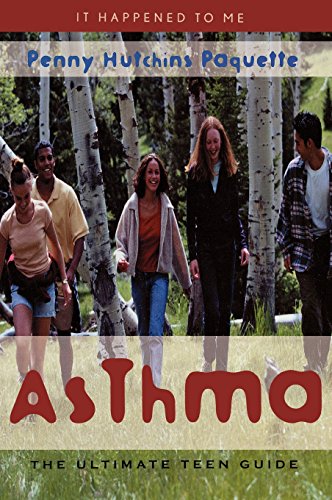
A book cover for Asthma: The Ultimate Teen Guide (It Happened to Me); Penny Hutchins Paquette; Health, Fitness & Dieting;